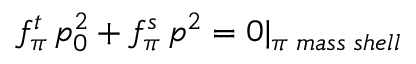
f _ { \pi } ^ { t } \, p _ { 0 } ^ { 2 } + f _ { \pi } ^ { s } \, p ^ { 2 } = 0 | _ { \pi \; m a s s \; s h e l l }